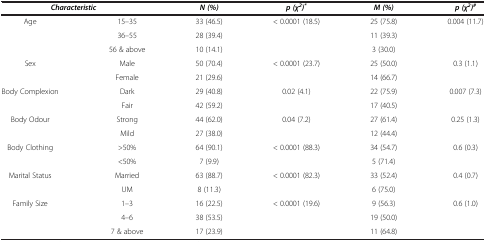
<table><thead><tr><td colspan="2"><b><i>Characteristic</i></b></td><td><b><i>N (%)</i></b></td><td><b><i>p (χ</i><sup><i>2</i></sup><i>)</i><sup><i>*</i></sup></b></td><td><b><i>M (%)</i></b></td><td><b><i>p (χ</i><sup><i>2</i></sup><i>)</i><sup><i>#</i></sup></b></td></tr></thead><tbody><tr><td rowspan="3">Age</td><td>15–35</td><td>33 (46.5)</td><td rowspan="3">&lt; 0.0001 (18.5)</td><td>25 (75.8)</td><td rowspan="3">0.004 (11.7)</td></tr><tr><td>36–55</td><td>28 (39.4)</td><td>11 (39.3)</td></tr><tr><td>56 &amp; above</td><td>10 (14.1)</td><td>3 (30.0)</td></tr><tr><td rowspan="2">Sex</td><td>Male</td><td>50 (70.4)</td><td rowspan="2">&lt; 0.0001 (23.7)</td><td>25 (50.0)</td><td rowspan="2">0.3 (1.1)</td></tr><tr><td>Female</td><td>21 (29.6)</td><td>14 (66.7)</td></tr><tr><td rowspan="2">Body Complexion</td><td>Dark</td><td>29 (40.8)</td><td rowspan="2">0.02 (4.1)</td><td>22 (75.9)</td><td rowspan="2">0.007 (7.3)</td></tr><tr><td>Fair</td><td>42 (59.2)</td><td>17 (40.5)</td></tr><tr><td rowspan="2">Body Odour</td><td>Strong</td><td>44 (62.0)</td><td rowspan="2">0.04 (7.2)</td><td>27 (61.4)</td><td rowspan="2">0.25 (1.3)</td></tr><tr><td>Mild</td><td>27 (38.0)</td><td>12 (44.4)</td></tr><tr><td rowspan="2">Body Clothing</td><td>&gt;50%</td><td>64 (90.1)</td><td rowspan="2">&lt; 0.0001 (88.3)</td><td>34 (54.7)</td><td rowspan="2">0.6 (0.3)</td></tr><tr><td>&lt;50%</td><td>7 (9.9)</td><td>5 (71.4)</td></tr><tr><td rowspan="2">Marital Status</td><td>Married</td><td>63 (88.7)</td><td rowspan="2">&lt; 0.0001 (82.3)</td><td>33 (52.4)</td><td rowspan="2">0.4 (0.7)</td></tr><tr><td>UM</td><td>8 (11.3)</td><td>6 (75.0)</td></tr><tr><td rowspan="2">Family Size</td><td>1–3</td><td>16 (22.5)</td><td rowspan="2">&lt; 0.0001 (19.6)</td><td>9 (56.3)</td><td rowspan="2">0.6 (1.0)</td></tr><tr><td>4–6</td><td>38 (53.5)</td><td>19 (50.0)</td></tr><tr><td> </td><td>7 &amp; above</td><td>17 (23.9)</td><td> </td><td>11 (64.8)</td><td> </td></tr></tbody></table>